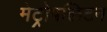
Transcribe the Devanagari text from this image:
मेट्रोपलिटन